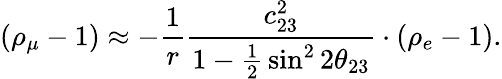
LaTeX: (\rho_{\mu}-1)\approx-{\frac{1}{r}}{\frac{c_{23}^{2}}{1-{\frac{1}{2}}\sin^{2}2\theta_{23}}}\cdot(\rho_{e}-1).